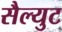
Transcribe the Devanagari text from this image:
सैल्युट